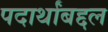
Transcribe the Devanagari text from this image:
पदार्थांबद्दल